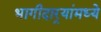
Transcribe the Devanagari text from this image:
भागीदार्‍यांमध्ये